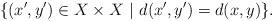
LaTeX: \begin{align*} \{(x',y')\in X\times X\ |\ d(x',y')=d(x,y)\}.\end{align*}